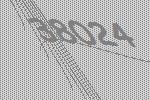
38024